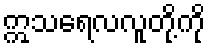
ဣသရေလလူတို့ကို